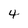
Character: 4